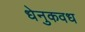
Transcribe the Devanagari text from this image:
धेनुकवध